Indian journal of veterinary science and animal husbandry - Volumes 22-23, 1952-1953
Year: 1952
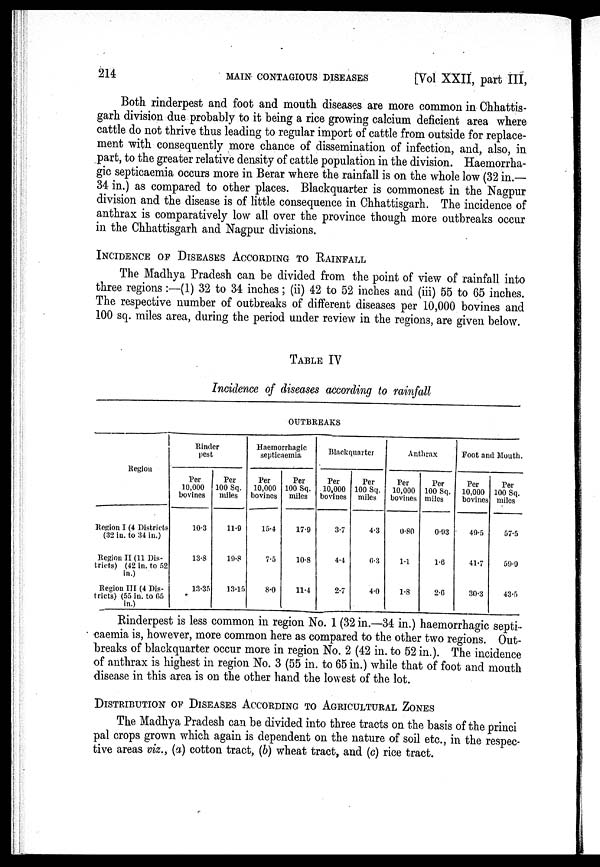
214
MAIN
CONTAGIOUS
DISEASES
[Vol XXII, part III,
Both rinderpest and foot and mouth diseases are more common in Chhattis.
garh division due probably to it being a rice growing calcium deficient area where
cattle do not thrive thus leading to regular import of cattle from outside for replace-
ment with consequently more chance of dissemination of infection, and, also, in
part, to the greater relative density of cattle population in the division. Haemorrha.
gic septicaemia occurs more in Berar where the rainfall is on the whole low (32 in.—
34 in.) as compared to other places. Blackquarter is commonest in the Nagpur
division and the disease is of little consequence in Chhattisgarh. The incidence of
anthrax is comparatively low all over the province though more outbreaks occur
in the Chhattisgarh and Nagpur divisions.
INCIDENCE OF DISEASES ACCORDING TO RAINFALL
The Madhya Pradesh can be divided from the point of view of rainfall into
three regions :—(1) 32 to 34 inches; (ii) 42 to 52 inches and (iii) 55 to 65 inches.
The respective number of outbreaks of different diseases per 10,000 bovines and
100 sq. miles area, during the period under review in the regions, are given below.
TABLE IV
Incidence of diseases according to rainfall
OUTBREAKS
Region
Region I (4 Districts
(32 in. to 34 in.)
Region II (11 Dis-
tricts) (42 in. to 52
in.)
Region III (4 Dis-
tricts) (55 in. to 65
in.)
Rinder
pest
Per
10,000
bovines
10.3
13.8
13.35
Per
100 Sq.
miles
11.9
19.8
13.15
Haemorrhagic
septicaemia
Per
10,000
bovines
15.4
7.5
8.0
Per
100 Sq.
miles
17.9
10.8
11.4
Blackquarter
Per
10,000
bovines
3.7
4.4
2.7
Per
100 Sq.
miles
4.3
6.3
4.0
Anthrax
Per
10,000
bovines
0.80
1.1
1.8
Per
100 Sq.
miles
0.93
1.6
2.0
Foot and Mouth.
Per
10,000
bovines
49.5
41.7
30.3
Per
100 Sq.
miles
57.5
59.9
43.5
Rinderpest is less common in region No. 1 (32 in.—34 in.) haemorrhagic septi.
caemia is, however, more common here as compared to the other two regions. Out-
breaks of blackquarter occur more in region No. 2 (42 in. to 52 in.). The incidence
of anthrax is highest in region No. 3 (55 in. to 65 in.) while that of foot and mouth
disease in this area is on the other hand the lowest of the lot.
DISTRIBUTION OF DISEASES ACCORDING TO AGRICULTURAL ZONES
The Madhya Pradesh can be divided into three tracts on the basis of the princi
pal crops grown which again is dependent on the nature of soil etc., in the respec-
tive areas viz., (a) cotton tract, (b) wheat tract, and (c) rice tract.